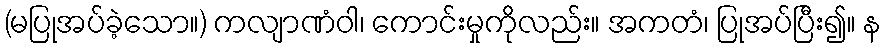
(မပြုအပ်ခဲ့သော။) ကလျာဏံဝါ၊ ကောင်းမှုကိုလည်း။ အကတံ၊ ပြုအပ်ပြီး၍။ န